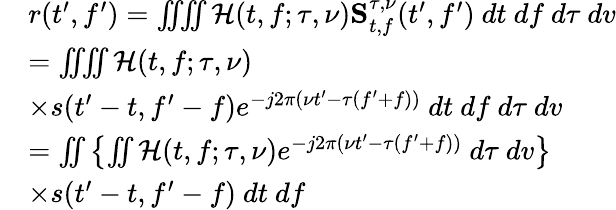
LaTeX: \begin{array}{rl}&{r(t^{\prime},f^{\prime})=\iiiint\mathcal{H}(t,f;\tau,\nu)\mathbf{S}_{t,f}^{\tau,\nu}(t^{\prime},f^{\prime})~dt~df~d\tau~dv}\\ &{=\iiiint\mathcal{H}(t,f;\tau,\nu)}\\ &{\times s(t^{\prime}-t,f^{\prime}-f)e^{-j2\pi(\nu t^{\prime}-\tau(f^{\prime}+f))}~dt~df~d\tau~dv}\\ &{=\iint\left\{ \iint\mathcal{H}(t,f;\tau,\nu)e^{-j2\pi(\nu t^{\prime}-\tau(f^{\prime}+f))}~d\tau~dv\right\} }\\ &{\times s(t^{\prime}-t,f^{\prime}-f)~dt~df}\end{array}